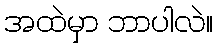
အထဲမှာ ဘာပါလဲ။